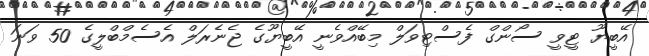
އޭބީޔޫ ޓީވީ ސޯންގް ފެސްޓިވަލް މިބޭއްވެނީ އޭބީޔޫގެ ޖެނެރަލް އެސެމްބްލީގެ 50 ވަނަ